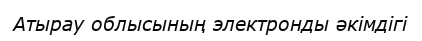
Атырау облысының электронды әкімдігі